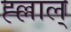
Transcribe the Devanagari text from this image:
ह्ल्लाल्